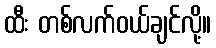
ထီး တစ်လက်ဝယ်ချင်လို့။